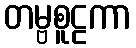
တမ္ဗစူဠကာ